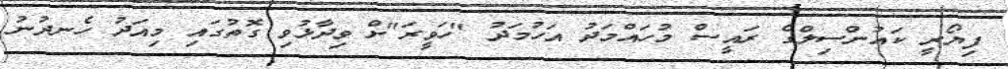
ފިޔޯރީ ކައުންސިލްގެ ރައީސް މުހައްމަދު އަހުމަދު "ހަވީރަ"ށް ވިދާޅުވި ގޮތުގައި މިއަދު ހެނދުނު